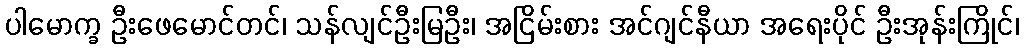
ပါမောက္ခ ဦးဖေမောင်တင်၊ သန်လျင်ဦးမြဦး၊ အငြိမ်းစား အင်ဂျင်နီယာ အရေးပိုင် ဦးအုန်းကြိုင်၊